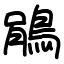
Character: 鵑